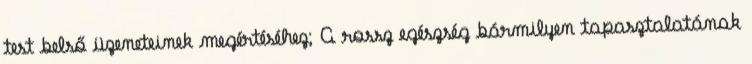
test belső üzeneteinek megértéséhez; A rossz egészség bármilyen tapasztalatának